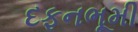
દફનભૂમી